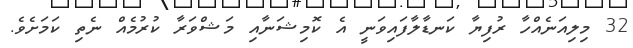
32 މިލިއަނެއްހާ ރުފިޔާ ކަނޑާލާފައިވަނީ އެ ކޮމިޝަނާއި މަޝްވަރާ ކުރުމެއް ނެތި ކަމަށެވެ.